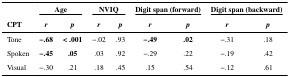
<table><thead><tr><td></td><td colspan="2"><b>Age</b></td><td colspan="2"><b>NVIQ</b></td><td colspan="2"><b>Digit span (forward)</b></td><td colspan="2"><b>Digit span (backward)</b></td></tr><tr><td><b>CPT</b></td><td><b><i>r</i></b></td><td><b><i>p</i></b></td><td><b><i>r</i></b></td><td><b><i>p</i></b></td><td><b><i>r</i></b></td><td><b><i>p</i></b></td><td><b><i>r</i></b></td><td><b><i>p</i></b></td></tr></thead><tbody><tr><td>Tone</td><td><b>−.68</b></td><td><b>&lt; .001</b></td><td>−.02</td><td>.93</td><td><b>−.49</b></td><td><b>.02</b></td><td>−.31</td><td>.18</td></tr><tr><td>Spoken</td><td><b>−.45</b></td><td><b>.05</b></td><td>.03</td><td>.92</td><td>−.29</td><td>.22</td><td>−.19</td><td>.42</td></tr><tr><td>Visual</td><td>−.30</td><td>.21</td><td>.18</td><td>.45</td><td>.15</td><td>.54</td><td>−.12</td><td>.61</td></tr></tbody></table>